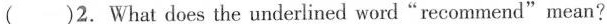
( )2.What does the underlined word"recommend"mean?